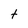
Character: Y